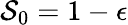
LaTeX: \mathcal{S}_{0}=1-\epsilon